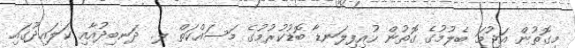
މިގޮތުން އަޖުމަ ބެލުމުގެ ގޮތުން ހުއިފިލަނޑާ ބޮޑުކުރުމުގެ މަސައްކަތް ލ. ދަނބިދުއާއި ކަލައިދޫގައި